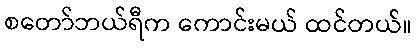
စတော်ဘယ်ရီက ကောင်းမယ် ထင်တယ်။